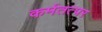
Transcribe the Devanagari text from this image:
कर्मतत्पर